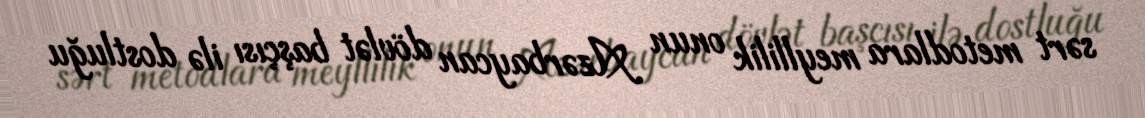
sərt metodlara meyllilik onun Azərbaycan dövlət başçısı ilə dostluğu